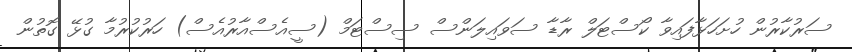
ސަރުކާރުން ހުށަހަޅާފައިވާ ކޯސްޓަލް ރާޑާ ސަވައިލަންސް ސިސްޓަމް (ސީއެސްއާރުއެސް) ހަރުކުރުމާ ގުޅޭ ގޮތުން